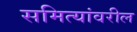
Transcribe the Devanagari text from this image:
समित्यांवरील